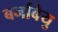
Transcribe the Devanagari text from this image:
बर्नाबेयु